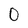
Character: O